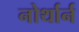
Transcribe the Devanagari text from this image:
नोर्थार्न